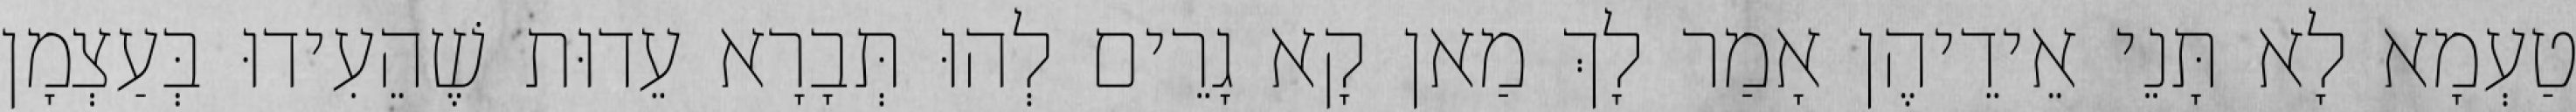
טַעְמָא לָא תָּנֵי אֵידֵיהֶן אָמַר לָךְ מַאן קָא גָרֵים לְהוּ תְּבָרָא עֵדוּת שֶׁהֵעִידוּ בְּעַצְמָן